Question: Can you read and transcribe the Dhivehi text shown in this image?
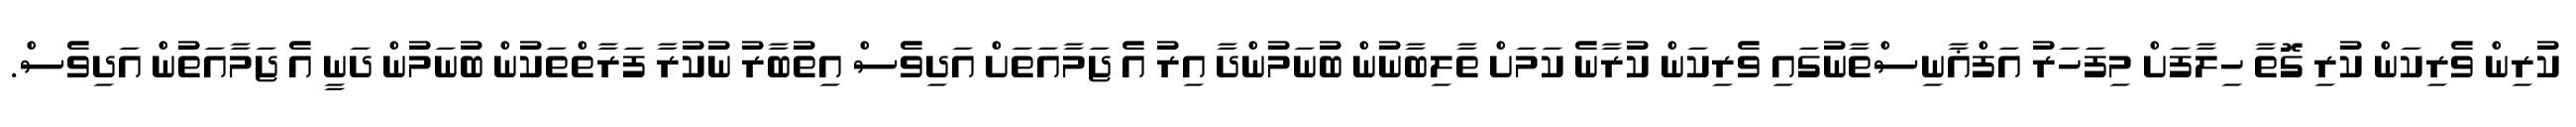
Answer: ކުރިން ވެރިކަން ކުރި ގޮތާ ހިލާފަށް މިފަހަރު އަފްޣާނިސްތާނުގައި ވެރިކަން ކުރާނެ ކަމަށް ތާލިބާނުން ބުނަމުންދާ އިރު އެ ޖަމާއަތަށް އަދިވެސް އިތުބާރު ނުކުރާ ފަރާތްތަކުން ބުނަމުން ދަނީ އެ ޖަމާއަތުން އަދިވެސް.